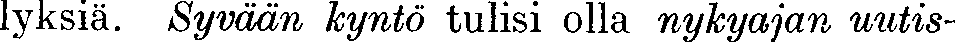
lyksiä. Syvään kyntö tulisi olla nykyajan uutis-